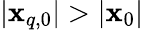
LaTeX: |\mathbf{x}_{q,0}|>|\mathbf{x}_{0}|